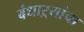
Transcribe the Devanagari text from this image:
बंधाऱ्यांचा